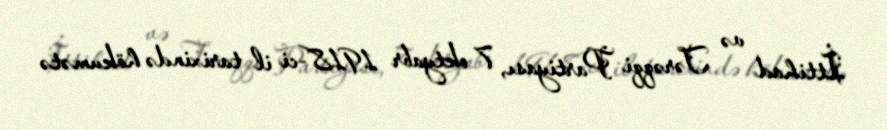
İttihad və Tərəqqi Partiyası, 7 oktyabr 1918-ci il tarixində hökumətə